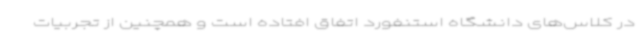
در کلاس‌های دانشگاه استنفورد اتفاق افتاده است و همچنین از تجربیات